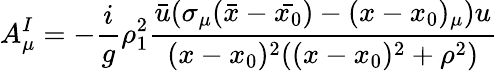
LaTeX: A_{\mu}^{I}=-{\frac{i}{g}}\rho_{1}^{2}{\frac{\bar{u}(\sigma_{\mu}(\bar{x}-\bar{x_{0}})-(x-x_{0})_{\mu})u}{(x-x_{0})^{2}((x-x_{0})^{2}+\rho^{2})}}